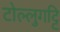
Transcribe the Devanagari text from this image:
टोल्लुगट्टि